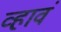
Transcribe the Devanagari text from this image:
व्‍हावं